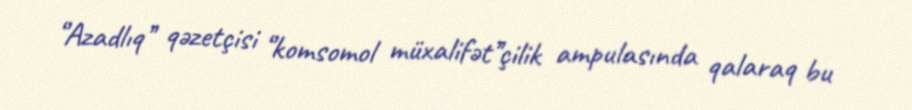
‘’Azadlıq’’ qəzetçisi ‘’komsomol müxalifət’’çilik ampulasında qalaraq bu